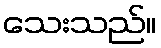
သေးသည်။